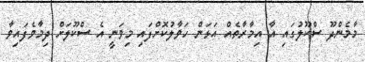
މާމެންދޫ ސްކޫލުގައި އާ އިމާރާތެއް އަޅަން ހަވާލުކޮށްފައި މިވަނީ އެ ސްކޫލަށް ދިމާވެފައިވާ